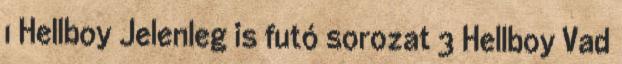
1 Hellboy Jelenleg is futó sorozat 3 Hellboy Vad